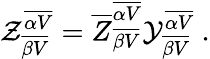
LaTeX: {\cal Z}_{\overline{{{\beta V}}}}^{\overline{{{\alpha V}}}}={\overline{{Z}}}_{\overline{{{\beta V}}}}^{\overline{{{\alpha V}}}}{\cal Y}_{\overline{{{\beta V}}}}^{\overline{{{\alpha V}}}}~.